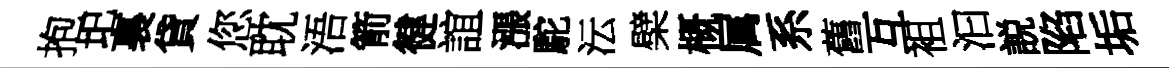
抱圯裏貸您耽浯箭徤誼漲駝沄檗概属系舊互袓汩説陷垢